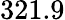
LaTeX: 321.9